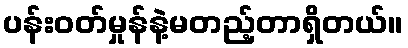
ပန်းဝတ်မှုန်နဲ့မတည့်တာရှိတယ်။